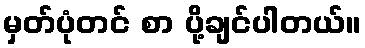
မှတ်ပုံတင် စာ ပို့ချင်ပါတယ်။